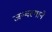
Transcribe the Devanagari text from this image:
जन्मस्थाने